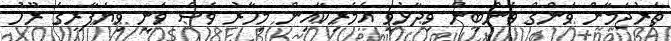
ތަރުޖަމާން ވަންގް ވެންބިން ވިދާޅުވީ އެމެރިކާއިން މިހާރު ވެސް ވަނީ ވިޔަފާރީގެ ރޫހު